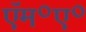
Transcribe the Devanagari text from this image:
ऍम॰ए॰